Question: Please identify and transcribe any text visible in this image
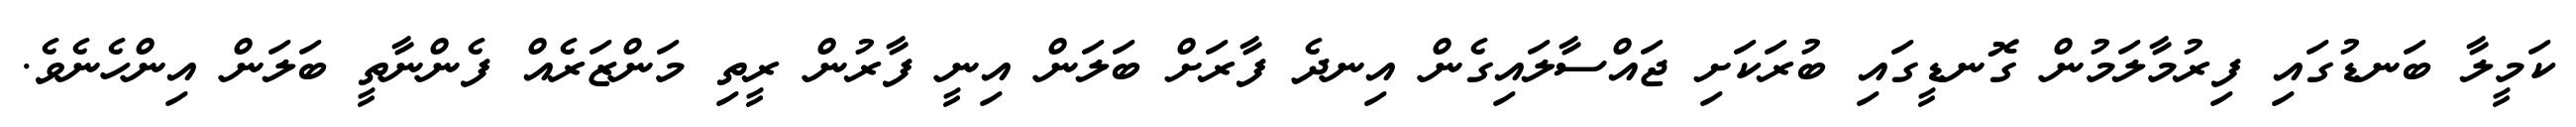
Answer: ކަމީލާ ބަނޑުގައި ފިރުމާލަމުން ގޮނޑީގައި ބުރަކަށި ޖައްސާލައިގެން އިނދެ ފާރަށް ބަލަން އިނީ ފާރުން ރީތި މަންޒަރެއް ފެންނާތީ ބަލަން އިންހެނެވެ.